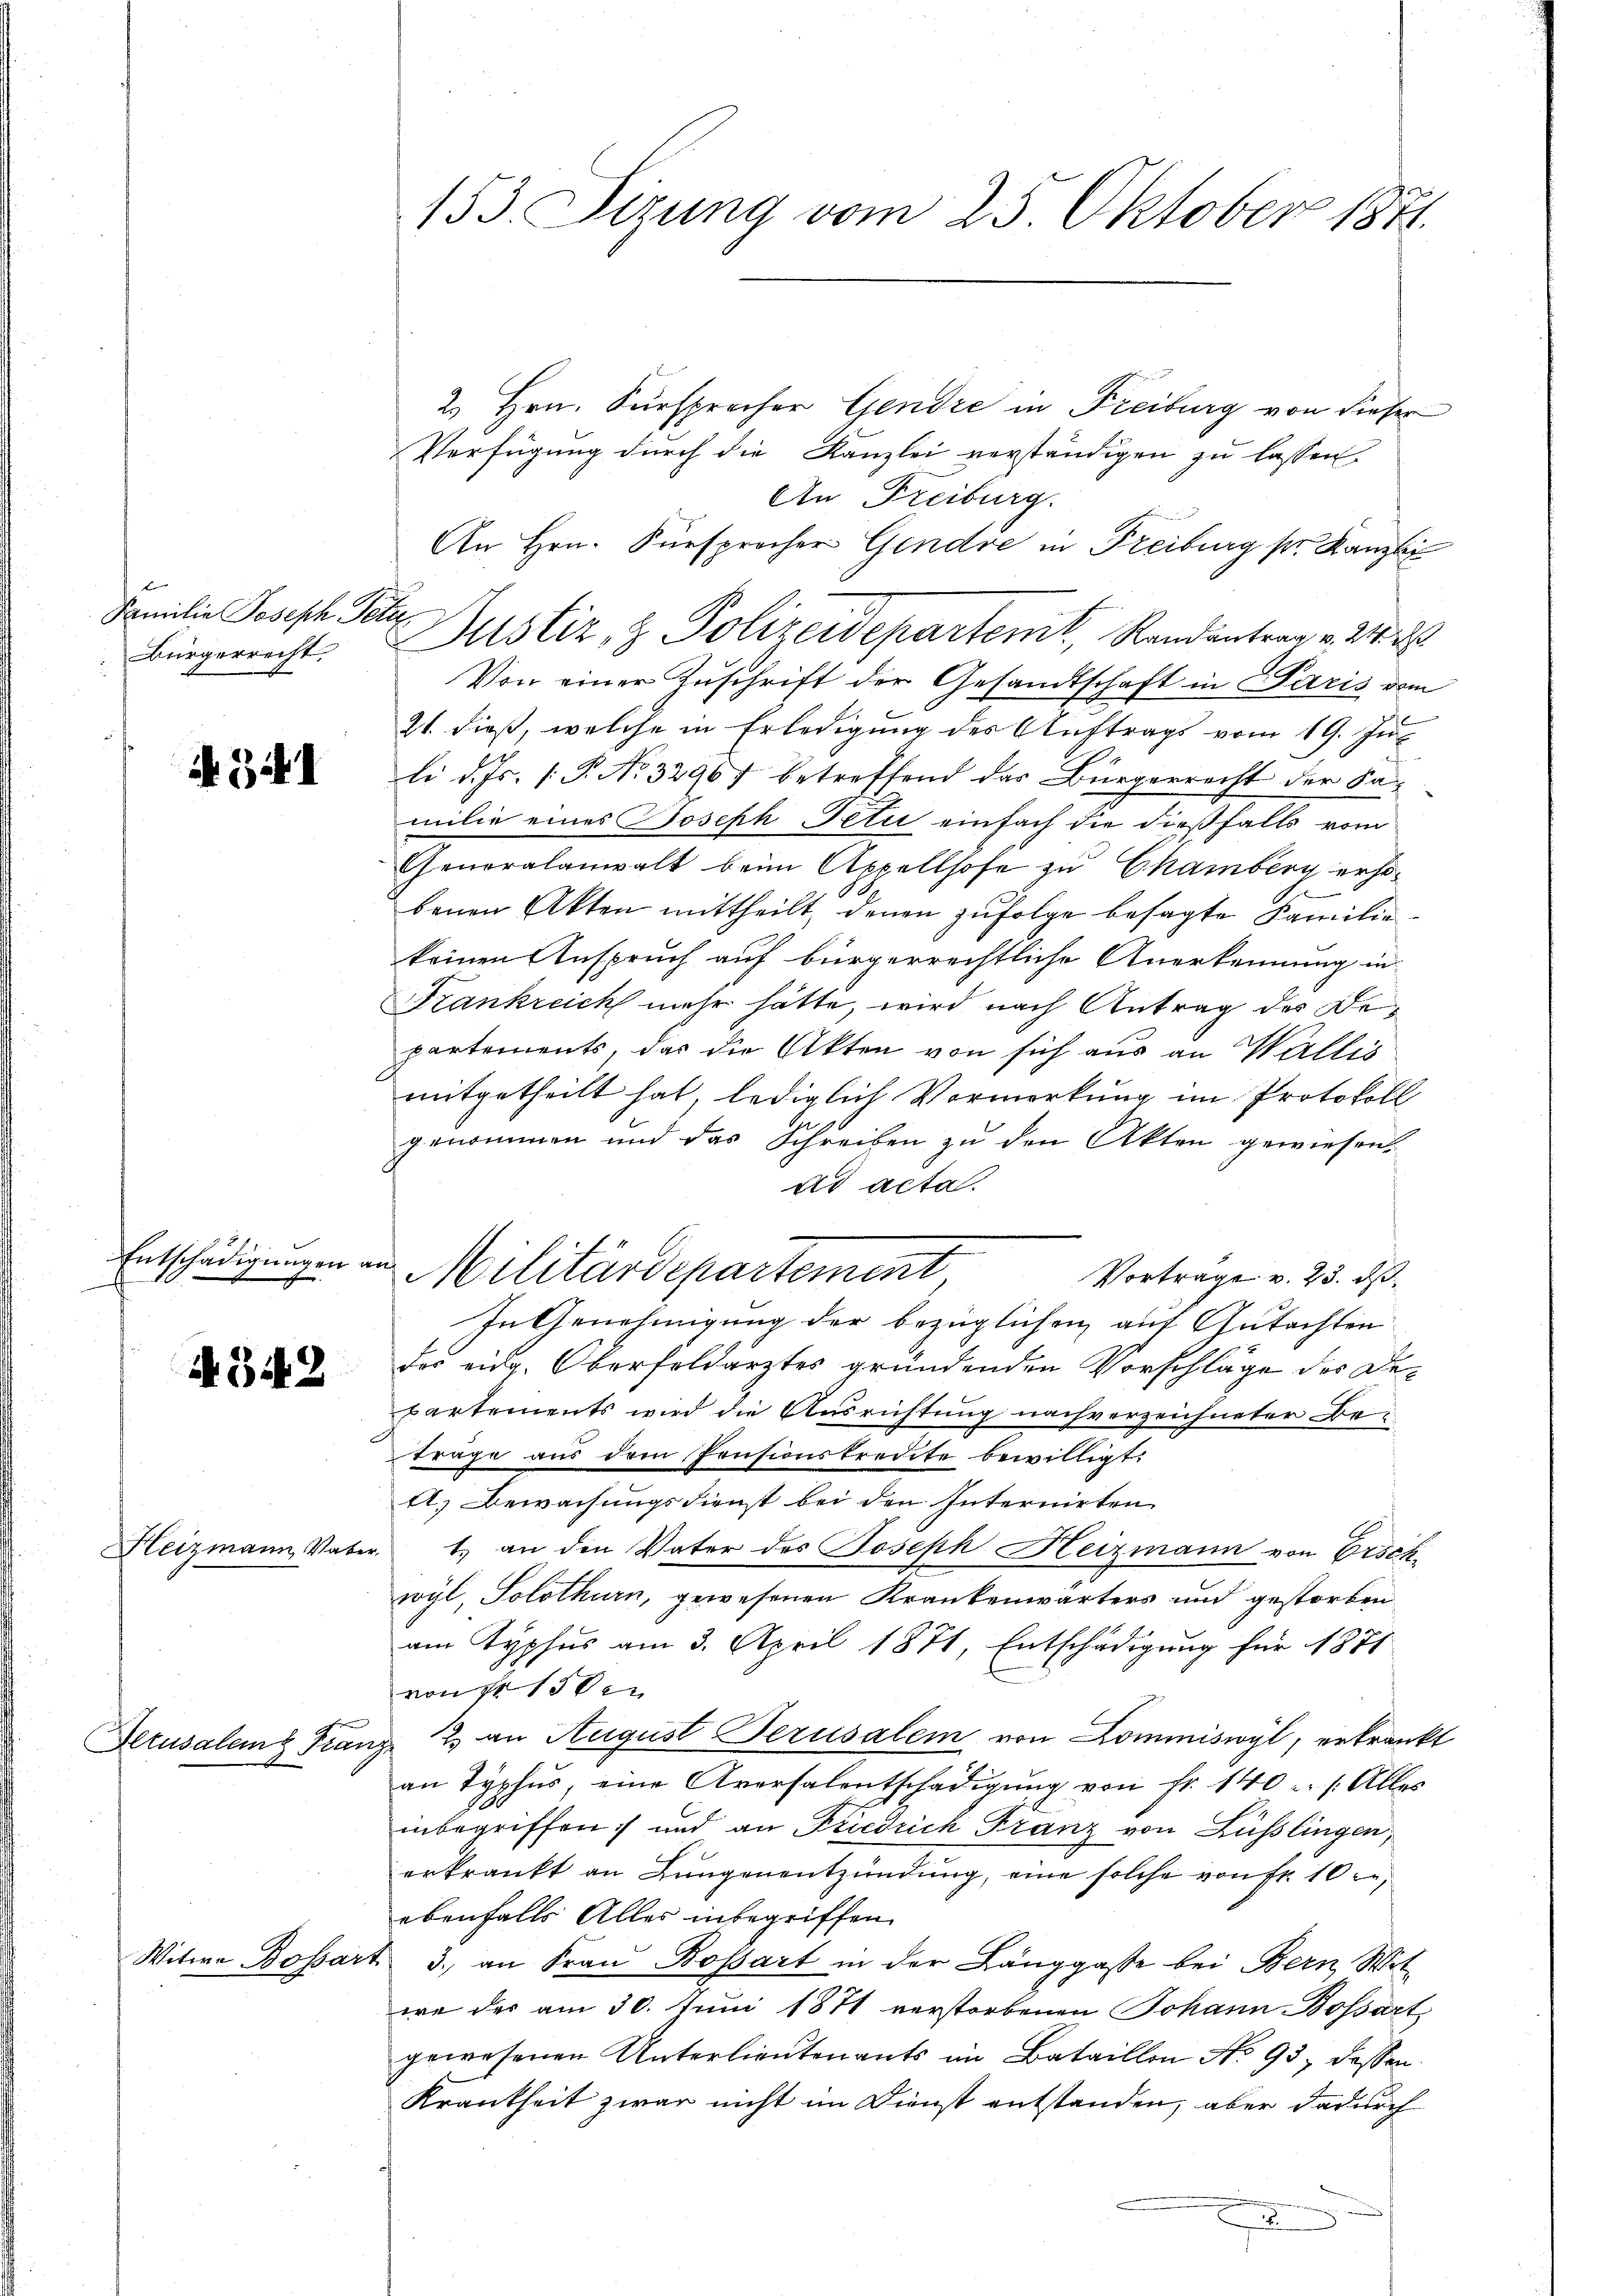
Familie Joseph Pete
Bürgerrecht,

Entschädigungen an

AG48

Heizmann Vat

Derusalen Fra

341

Witwe Bossar

153. Sizung vom 25. Oktober 1871.

2.) Hrn. Fürsprecher Gendre in Freiburg von dieser
Verfügung durch die Kanzlei verständigen zu lassen
An Freiburg.
An Hrn. Fürsprocher Gendre in Freiburg pr. Kanzlei
Justiz, z. Polizeidepartemt, Randantern v. 240
Von einer Zuschrift der Gesandtschaft in Paris vom
21. dieß, welche in Erledigung des Auftrags vom 19. Juli d. Js. [ P. No 32967 betreffend das Bürgerrecht der Ka-
milie eines Joseph Peti einfach die dießfalls vom
Generalanwalt beim Appellhofe zu Chamberg erho-
benen Akten mittheilt, denen zufolge besagte Familiekeinen Anspruch auf bürgerrechtliche Anerkennung in
Frankreich mehr hätte, wird nach Antrag des Bepartements, das die Akten von sich aus an Wallis
mitgetheilt hat, lediglich Vormerkung im Protokoll
genommen und das Schreiben zu den Akten gewiesen,
ad acta.
Vortrage v. 23. ds.
In Genehmigung der bezüglichen auf Gutachten
des eidg. Oberfeldarztes gründenden Vorschläge des Departements wird die Ausrichtung nachverzeichneter Betrage aus dem Pensionskredite bewilligt:
A.) Bewachungsdienst bei den Internirten
1.) an den Vater des Joseph Heizmann von Erschwyl, Solothurn, gewesenen Krankenwärters und gestorben
am Typhus am 3. April 1871, Entschädigung für 1871
von 113 der
2 an August Jerusalem von Commiswyl, erkrankt
2.
an Typhus, eine Aversalentschädigŭng von Fr. 140 u. s. Aller
inbegriffen und an Friedrich Franz von Lüsslingen,
erkrankt an Lungenentzündung, eine solche von Fr. 10,
ebenfalls Alles inbegriffen.
t 3. an Frau Bossart in der Länggasse bei Bern Wit
ere der am 30. Juni 1871 verstorbenen Johann Bossart
gewesenen Unterlieutenants im Bataillon No 93, dassen.
Krankheit zwar nicht im Dienst entstanden, aber dadurch

Militärdepartement